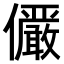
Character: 𫤌